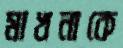
মাখনাকে